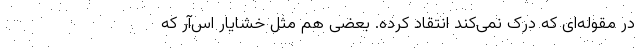
در مقوله‌ای که درک نمی‌کند انتقاد کرده. بعضی هم مثل خشایار اس‌آر که